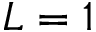
L = 1